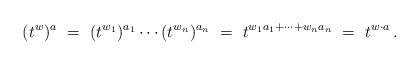
LaTeX: \begin{align*} (t^w)^a\ =\ (t^{w_1})^{a_1}\dotsb (t^{w_n})^{a_n}\ =\ t^{w_1a_1+\dotsb+w_na_n}\ =\ t^{w\cdot a}\,.\end{align*}